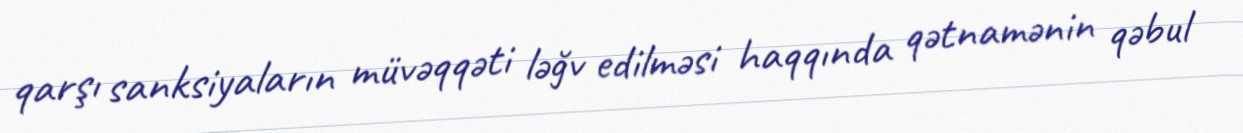
qarşı sanksiyaların müvəqqəti ləğv edilməsi haqqında qətnamənin qəbul